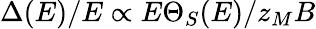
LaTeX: \Delta(E)/E\propto E\Theta_{S}(E)/z_{M}B